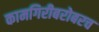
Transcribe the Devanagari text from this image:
कामगिरीबरोबरच